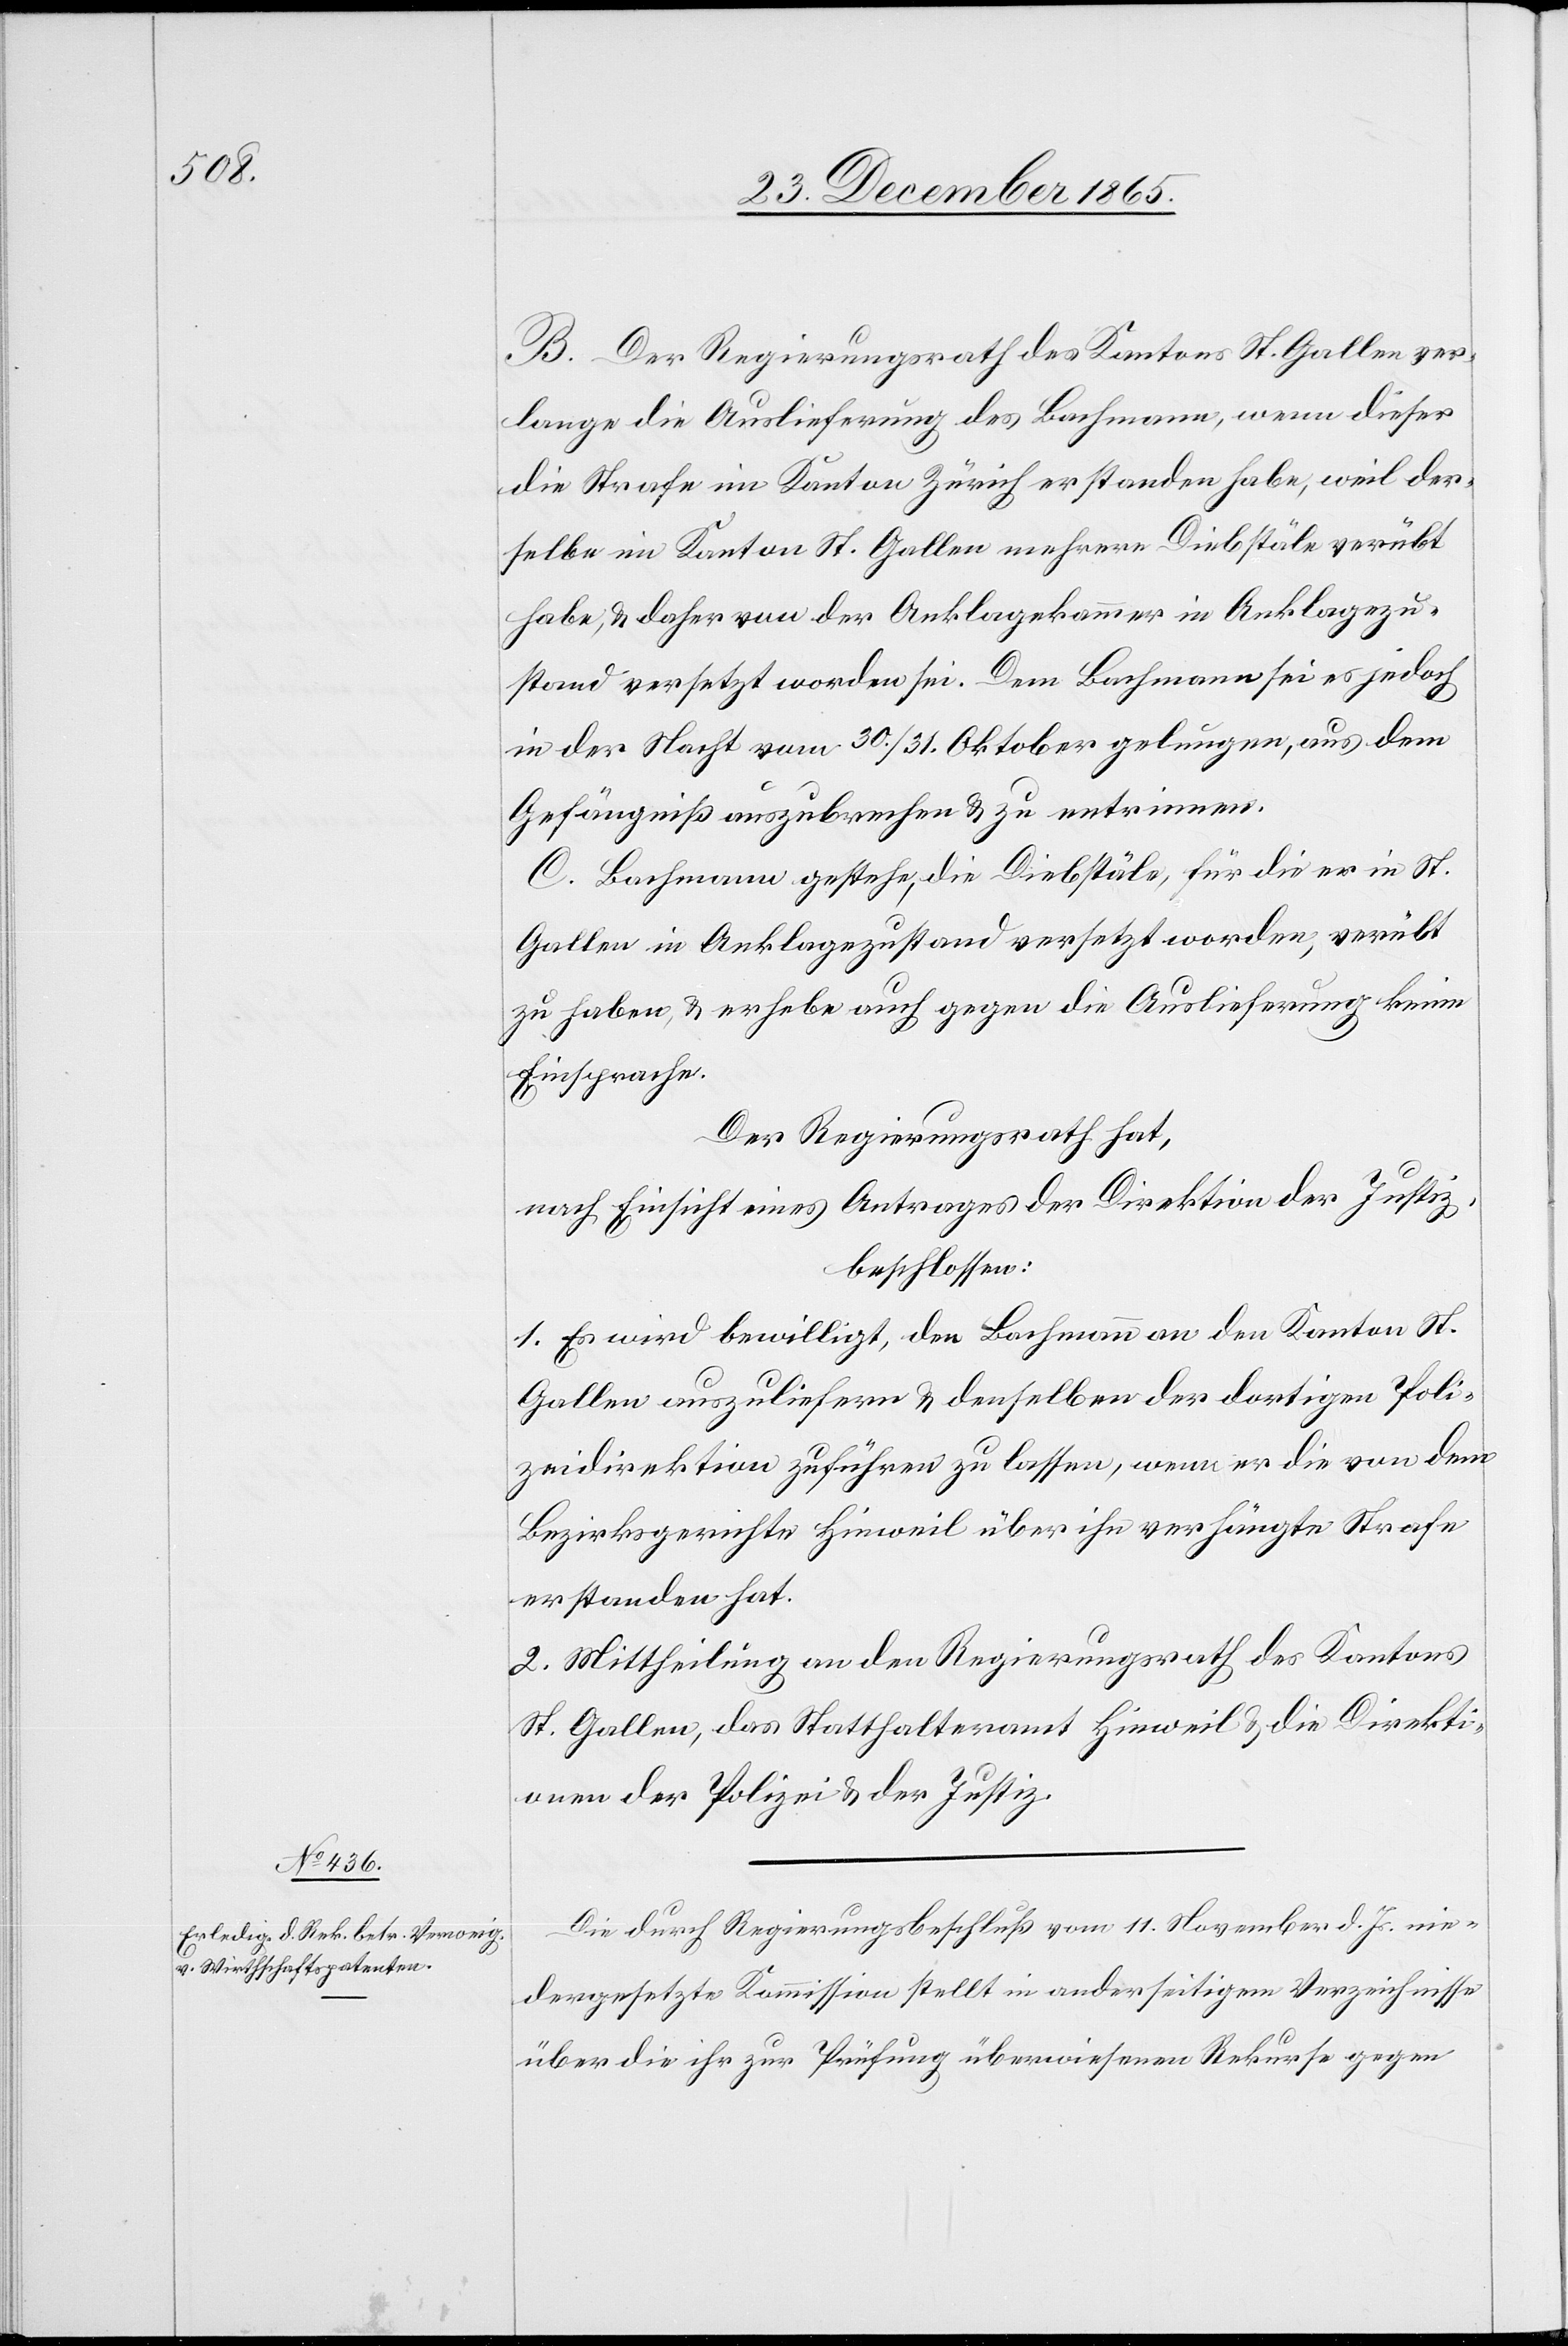
B. Der Regierungsrath des Kantons St. Gallen ver¬
lange die Auslieferung des Bachmann, wenn dieser
die Strafe im Kanton Zürich erstanden habe, weil der¬
selbe im Kanton St. Gallen mehrere Diebstäle verübt
habe, & daher von der Anklagekammer in Anklagezu¬
stand versetzt worden sei. Dem Bachmann sei es jedoch
in der Nacht vom 30./31. Oktober gelungen, aus dem
Gefängniß auszubrechen & zu entrinnen.
C. Bachmann gestehe, die Diebstäle, für die er in St.
Gallen in Anklagezustand versetzt worden, verübt
zu haben, & erhebe auch gegen die Auslieferung keine
Einsprache.
Der Regierungsrath hat,
nach Einsicht eines Antrages der Direktion der Justiz,
beschlossen:
1. Es wird bewilligt, den Bachmann an den Kanton St.
Gallen auszuliefern & denselben der dortigen Poli¬
zeidirektion zuführen zu lassen, wenn er die von dem
Bezirksgerichte Hinweil über ihn verhängte Strafe
erstanden hat.
2. Mittheilung an den Regierungsrath des Kantons
St. Gallen, das Statthalteramt Hinweil & die Direkti¬
onen der Polizei & der Justiz.
Die durch Regierungsbeschluß vom 11. November d. Js. nie¬
dergesetzte Kommission stellt in anderseitigem Verzeichnisse
über die ihr zur Prüfung überwiesenen Rekurse gegen